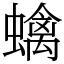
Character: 蠄